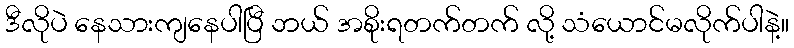
ဒီလိုပဲ နေသားကျနေပါပြီ ဘယ် အစိုးရတက်တက် လို့ သံယောင်မလိုက်ပါနဲ့။